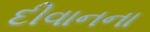
દીવાનના